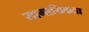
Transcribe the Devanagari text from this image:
सामायिकता